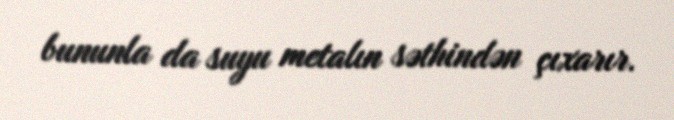
bununla da suyu metalın səthindən çıxarır.